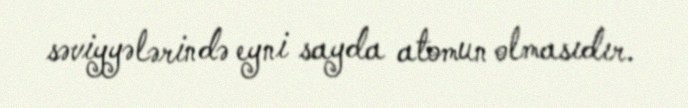
səviyyələrində eyni sayda atomun olmasıdır.